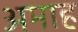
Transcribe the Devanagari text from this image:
अमाह